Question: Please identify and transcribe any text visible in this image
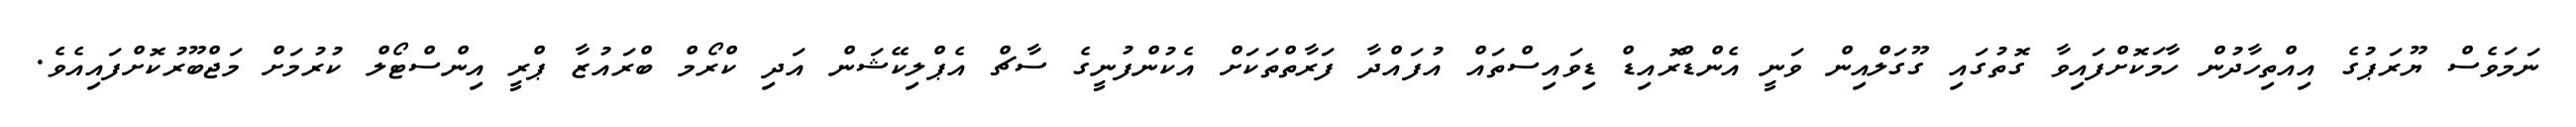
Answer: ނަމަވެސް ޔޫރަޕުގެ އިއްތިހާދުން ހާމަކޮށްފައިވާ ގޮތުގައި ގޫގަލްއިން ވަނީ އެންޑްރޮއިޑް ޑިވައިސްތައް އުފައްދާ ފަރާތްތަކަށް އެކުންފުނީގެ ސާޗް އެޕްލިކޭޝަން އަދި ކްރޯމް ބްރައުޒާ ޕްރީ އިންސްޓޯލް ކުރުމަށް މަޖްބޫރުކޮށްފައިއެވެ.